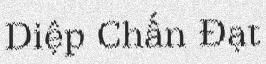
Diệp Chấn Đạt